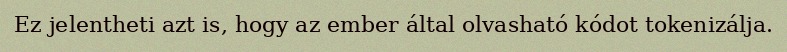
Ez jelentheti azt is, hogy az ember által olvasható kódot tokenizálja.